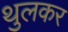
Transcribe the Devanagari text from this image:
थुलकर